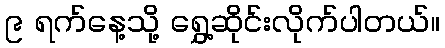
၉ ရက်နေ့သို့ ရွှေ့ဆိုင်းလိုက်ပါတယ်။